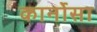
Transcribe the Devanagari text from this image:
कार्नोसा